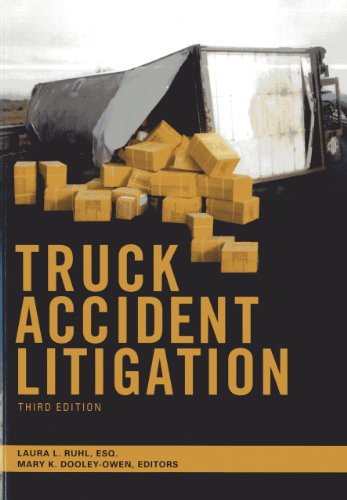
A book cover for Truck Accident Litigation; Laura L. Ruhl; Law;